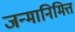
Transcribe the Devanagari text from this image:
जन्मानिमित्त